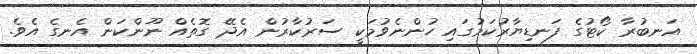
އަނބުރާ ކޯޓުގެ ފަނޑިޔާރުކަމުގައި ހުންނެވުމަކީ ސަރުކާރުން އެދޭ ގޮތެއް ނޫންކަން އެނގެ އެވެ.